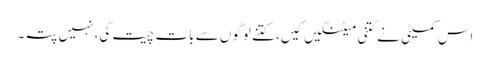
اس کمیٹی نے کتنی میٹنگیں کیں، کتنے لوگوں سے بات چیت کی، نہیں پتہ۔